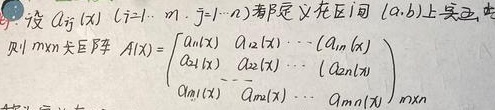
设 \(A_{ij}(x)\)（\(i = 1,\cdots,m\)；\(j = 1,\cdots,n\)）都定义在区间 \((a,b)\) 上，则 \(m\times n\) 矩阵
\[A(x)=\begin{pmatrix}
a_{11}(x)&a_{12}(x)&\cdots&a_{1n}(x)\\
a_{21}(x)&a_{22}(x)&\cdots&a_{2n}(x)\\
\vdots&\vdots&\ddots&\vdots\\
a_{m1}(x)&a_{m2}(x)&\cdots&a_{mn}(x)
\end{pmatrix}_{m\times n}\]